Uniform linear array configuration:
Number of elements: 32
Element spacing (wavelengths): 1
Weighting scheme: exponential
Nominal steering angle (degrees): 30
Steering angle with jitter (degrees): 31.895
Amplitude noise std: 0.05
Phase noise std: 0.05

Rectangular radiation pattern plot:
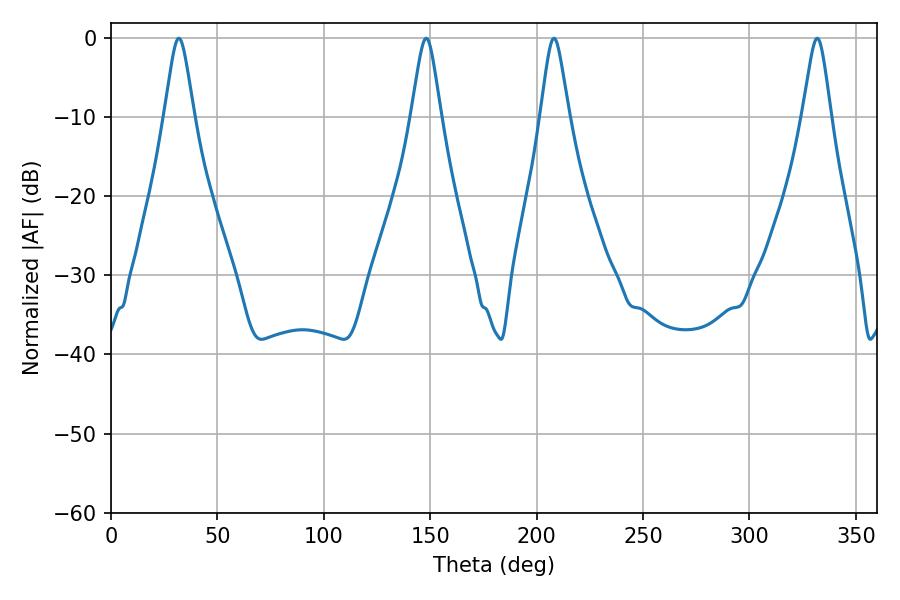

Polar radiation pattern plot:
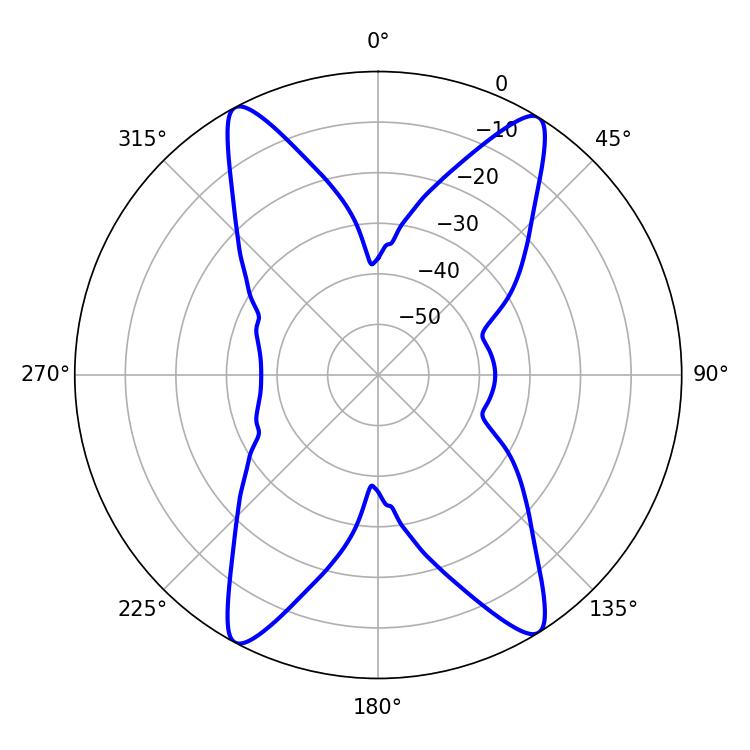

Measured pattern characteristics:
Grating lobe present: TRUE
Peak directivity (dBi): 20.085
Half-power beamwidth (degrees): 6.66
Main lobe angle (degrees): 31.86